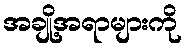
အချို့အရာများကို